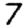
Digit: 7